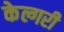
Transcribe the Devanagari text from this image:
केल्गरी